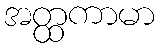
အတ္ထကာမာ